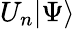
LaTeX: U_{n}|\Psi\rangle